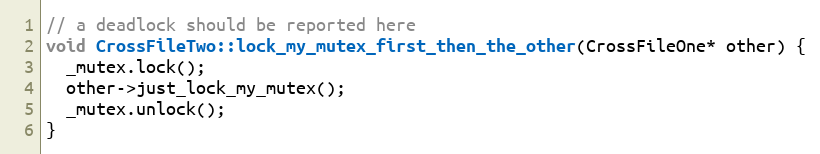
Language: C++
// a deadlock should be reported here
void CrossFileTwo::lock_my_mutex_first_then_the_other(CrossFileOne* other) {
  _mutex.lock();
  other->just_lock_my_mutex();
  _mutex.unlock();
}